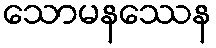
သောမနဿေန